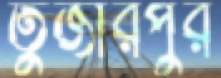
তুজারপুর